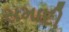
સમાદી